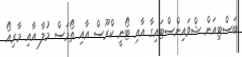
ބަސްޓިއަން ޝްވައިންސްޓައިގާ އާއި ޓޯނީ ކްރޫސް އާއި ތޯމަސް މުލާ އާއި މާރިއޯ